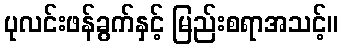
ပုလင်းဖန်ခွက်နှင့် မြည်းစရာအသင့်။